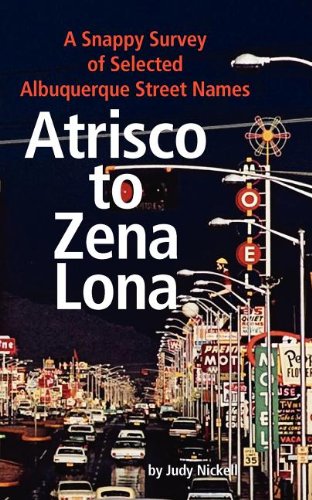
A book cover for Atrisco to Zena Lona: A Snappy Survey of Selected Albuquerque Street Names; Judy Nickell; Travel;